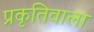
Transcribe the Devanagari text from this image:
प्रकृतिवाला